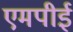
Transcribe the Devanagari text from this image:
एमपीई